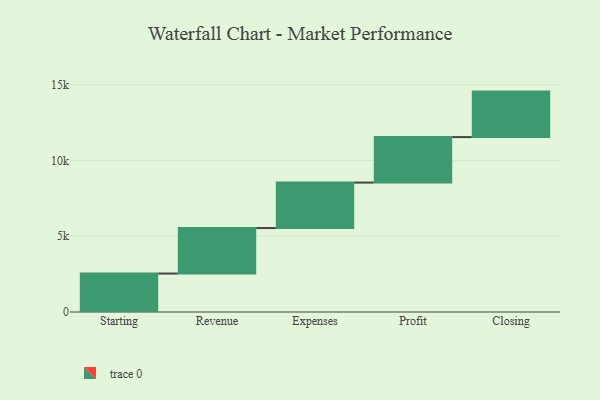
{"axis": {"x": "Step", "y": "Value"}, "legend": [""], "data": [{"x": "Starting", "y": 2537.0, "type": ""}, {"x": "Revenue", "y": 3000, "type": ""}, {"x": "Expenses", "y": 3000, "type": ""}, {"x": "Profit", "y": 3000, "type": ""}, {"x": "Closing", "y": 3000, "type": ""}]}